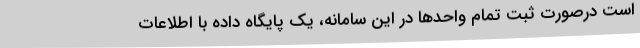
است درصورت ثبت تمام واحدها در این سامانه، یک پایگاه داده با اطلاعات